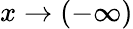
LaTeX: x\to(-\infty)